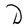
Character: D